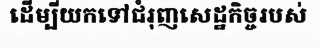
ដើម្បីយកទៅជំរុញសេដ្ឋកិច្ចរបស់